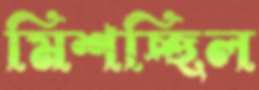
মিশচ্ছিল